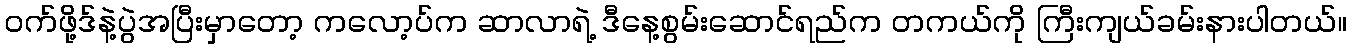
ဝက်ဖို့ဒ်နဲ့ပွဲအပြီးမှာတော့ ကလော့ပ်က ဆာလာရဲ့ ဒီနေ့စွမ်းဆောင်ရည်က တကယ်ကို ကြီးကျယ်ခမ်းနားပါတယ်။